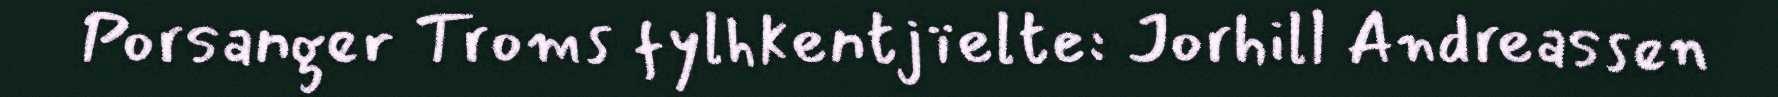
Porsanger Troms fylhkentjïelte: Jorhill Andreassen